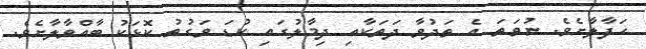
ހަފާލާށެވެ. ނުވަތަ އެ ތަދުވާ ދަތަކާއި ދިމާލުގައި ކުޑަ ވަގުތު ކޮޅަކު ބާއްވާލާށެވެ.